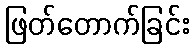
ဖြတ်တောက်ခြင်း